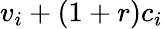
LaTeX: v_{i}+(1+r)c_{i}